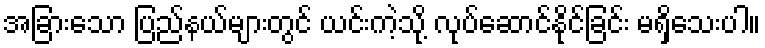
အခြားသော ပြည်နယ်များတွင် ယင်းကဲ့သို့ လုပ်ဆောင်နိုင်ခြင်း မရှိသေးပါ။